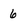
Character: 6